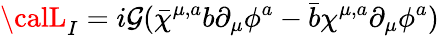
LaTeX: {\calL_{I}}=i\mathcal{G}(\bar{{\chi}}^{\mu,a}b\partial_{\mu}\phi^{a}-\bar{{b}}\chi^{\mu,a}\partial_{\mu}\phi^{a})